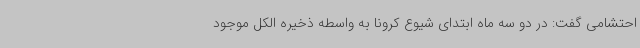
احتشامی گفت: در دو سه ماه ابتدای شیوع کرونا به واسطه ذخیره الکل موجود